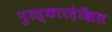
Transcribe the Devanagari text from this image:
पुरस्कारदेखिल